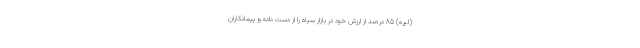
(لیره) 85 درصد از ارزش خود در بازار سیاه را از دست داده و پیمانکاران